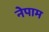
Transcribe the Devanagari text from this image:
नेपाम